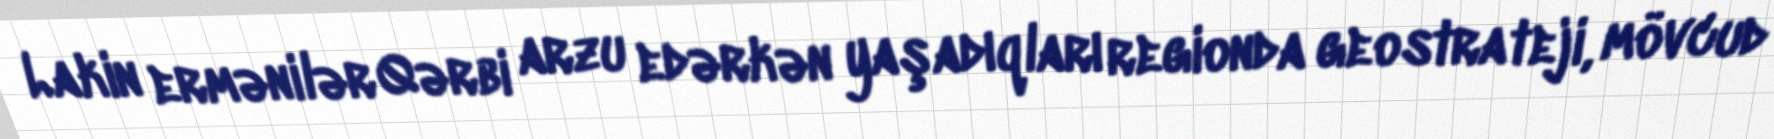
Lakin ermənilər Qərbi arzu edərkən yaşadıqları regionda geostrateji, mövcud